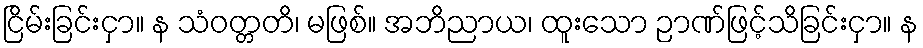
ငြိမ်းခြင်းငှာ။ န သံဝတ္တတိ၊ မဖြစ်။ အဘိညာယ၊ ထူးသော ဉာဏ်ဖြင့်သိခြင်းငှာ။ န